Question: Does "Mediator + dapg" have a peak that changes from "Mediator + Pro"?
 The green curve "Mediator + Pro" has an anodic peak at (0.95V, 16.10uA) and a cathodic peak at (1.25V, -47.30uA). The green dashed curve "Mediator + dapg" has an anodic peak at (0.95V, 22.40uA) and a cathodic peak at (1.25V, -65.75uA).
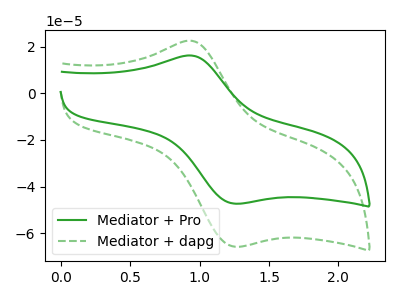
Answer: <think>All the peaks in "Mediator + dapg" have a peak in "Mediator + Pro" at the same potential. Every peak in "Mediator + dapg" is higher than every peak in "Mediator + Pro".
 </think>
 <answer>No, "Mediator + dapg" and "Mediator + Pro" don't appear to be significantly different in shape</answer>
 <eval>no_change</eval>